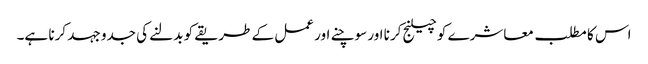
اس کا مطلب معاشرے کو چیلنج کرنا اور سوچنے اور عمل کے طریقے کو بدلنے کی جدو جہد کرنا ہے۔